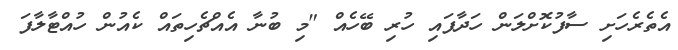
އެތެރެހަށި ސާފުކޮށްލަން ހަދާފައި ހުރި ބޭހެއް "މި ބުނާ އެއްޗެހިތައް ކެއުން ހުއްޓާލާފަ